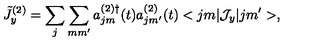
\tilde { J } _ { y } ^ { ( 2 ) } = \sum _ { j } \sum _ { m m ^ { \prime } } a _ { j m } ^ { ( 2 ) \dag } ( t ) a _ { j m ^ { \prime } } ^ { ( 2 ) } ( t ) < j m | { \cal J } _ { y } | j m ^ { \prime } > ,